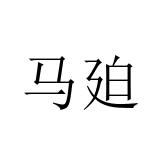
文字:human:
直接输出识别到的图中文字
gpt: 马廹